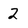
Character: 2